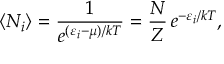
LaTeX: \langle N _ { i } \rangle = { \frac { 1 } { e ^ { ( \varepsilon _ { i } - \mu ) / k T } } } = { \frac { N } { Z } } \, e ^ { - \varepsilon _ { i } / k T } ,